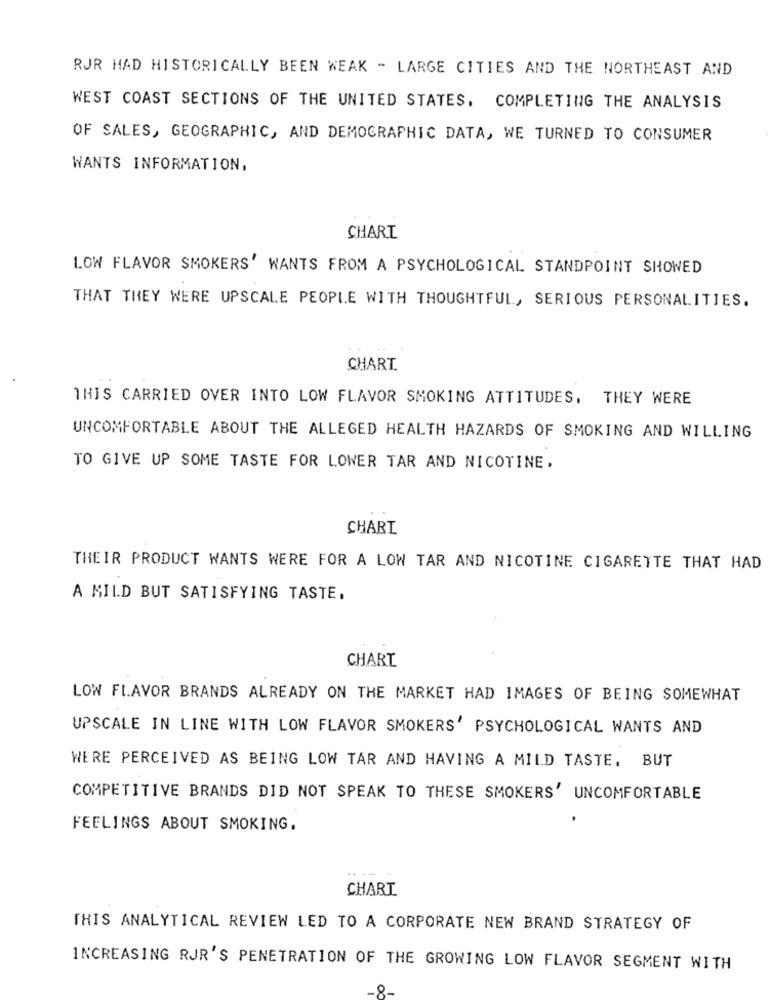
RJR HAD HISTORICALLY BEEN WEAK - LARGE CITIES AND THE NORTHEAST AND
WEST COAST SECTIONS OF THE UNITED STATES. COMPLETING THE ANALYSIS
OF SALES, GEOGRAPHIC, AND DEMOGRAPHIC DATA, WE TURNED TO CONSUMER
WANTS INFORMATION.
CHART
LOW FLAVOR SMOKERS' WANTS FROM A PSYCHOLOGICAL STANDPOINT SHOWED
THAT THEY WERE UPSCALE PEOPLE WITH THOUGHTFUL, SERIOUS PERSONALITIES.
CHART.
THIS CARRIED OVER INTO LOW FLAVOR SMOKING ATTITUDES. THEY WERE
UNCOMFORTABLE ABOUT THE ALLEGED HEALTH HAZARDS OF SMOKING AND WILLING
TO GIVE UP SOME TASTE FOR LOWER TAR AND NICOTINE.
CHARI
THEIR PRODUCT WANTS WERE FOR A LOW TAR AND NICOTINE CIGARETTE THAT HAD
A MILD BUT SATISFYING TASTE.
CHART
LOW FLAVOR BRANDS ALREADY ON THE MARKET HAD IMAGES OF BEING SOMEWHAT
UPSCALE IN LINE WITH LOW FLAVOR SMOKERS' PSYCHOLOGICAL WANTS AND
WE'RE PERCEIVED AS BEING LOW TAR AND HAVING A MILD TASTE, BUT
COMPETITIVE BRANDS DID NOT SPEAK TO THESE SMOKERS' UNCOMFORTABLE
FEELINGS ABOUT SMOKING.
CHART
THIS ANALYTICAL REVIEW LED TO A CORPORATE NEW BRAND STRATEGY OF
INCREASING RJR'S PENETRATION OF THE GROWING LOW FLAVOR SEGMENT WITH